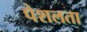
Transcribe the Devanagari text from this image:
पेशलता